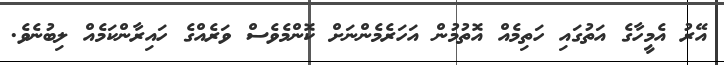
އޭރު އެމީހާގެ އަތުގައި ހަތިމެއް އޮތުމުން އަހަރެމެންނަށް ކޮންމެވެސް ވަރެއްގެ ހައިރާންކަމެއް ލިބުނެވެ.